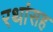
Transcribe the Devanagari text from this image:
रथांसह